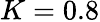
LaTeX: K=0.8